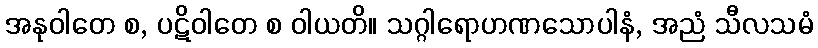
အနုဝါတေ စ, ပဋိဝါတေ စ ဝါယတိ။ သဂ္ဂါရောဟဏသောပါနံ, အညံ သီလသမံ